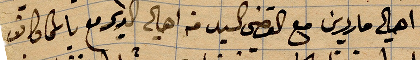
من أهالي ماردين مع القضي السيد من أهالي الدير ما ...